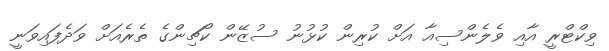
ވިކްޓްރީ އާއި ވެލެންސިއާ އަށް ކުރިން ކުޅުނު ސުޒޭން ކޯޗިންގެ ތެރެއަށް ވަދެފައިވަނީ